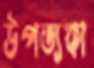
উপত্যকা